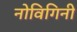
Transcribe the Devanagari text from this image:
नोविगिनी